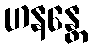
ဟနန္တေ